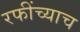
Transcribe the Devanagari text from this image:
रफींच्याच